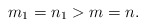
\begin{align*}m_1=n_1> m=n.\end{align*}